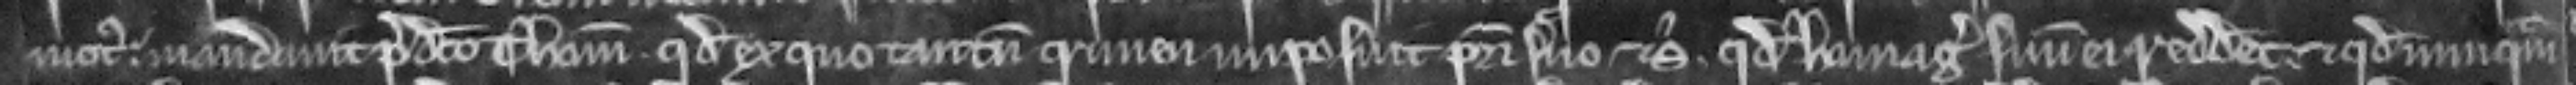
motus. mandavit predicto Thome. quod ex quo tantum crimen imposuit patri suo et sibi. quod homagium suum ei redderet. et quod nunquam